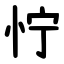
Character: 㤖